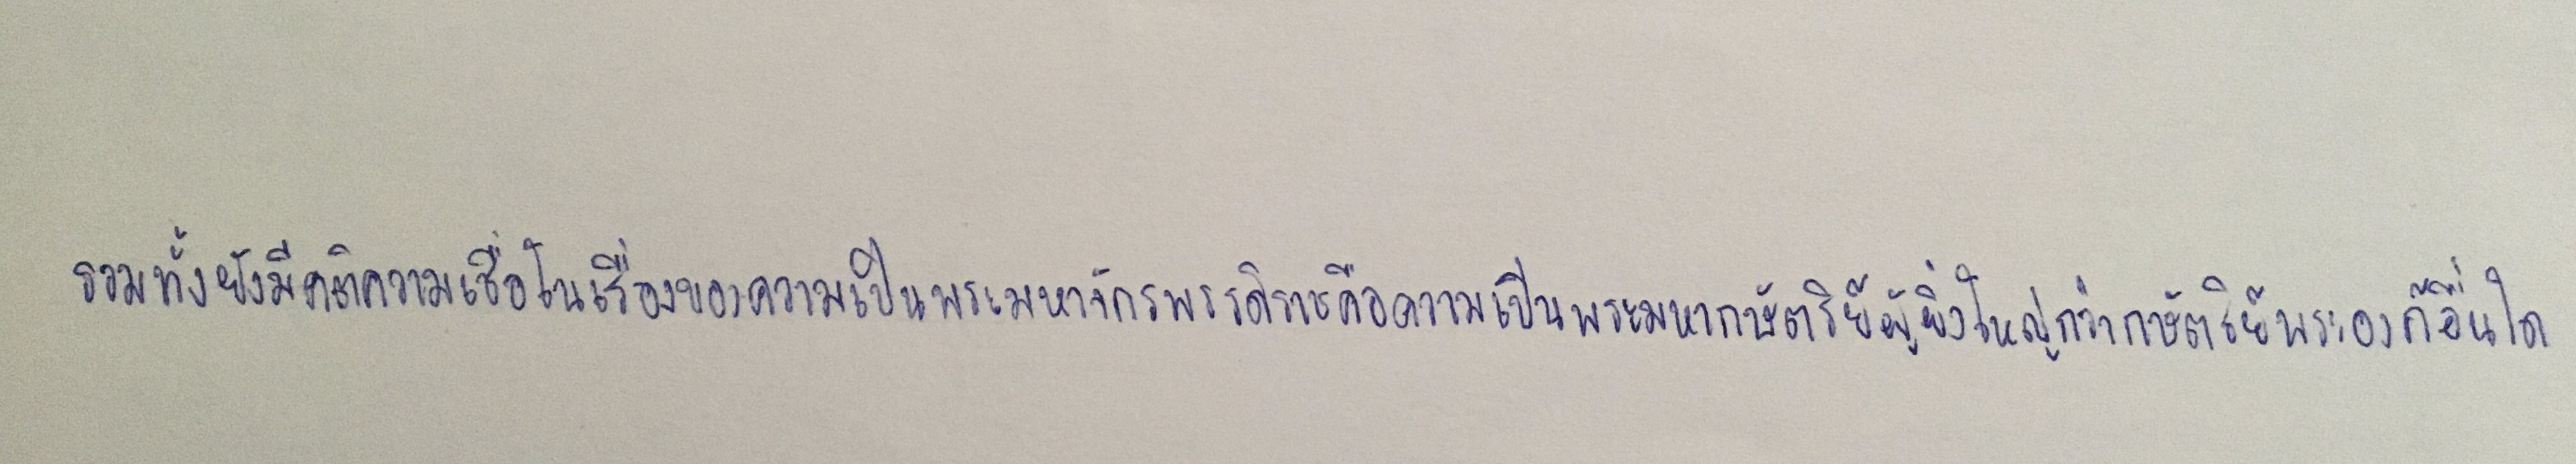
รวมทั้งยังมีคติความเชื่อในเรื่องของความเป็นพระมหาจักรพรรดิราชคือความเป็นพระมหากษัตริย์ผู้ยิ่งใหญ่กว่ากษัตริย์พระองค์อื่นใด